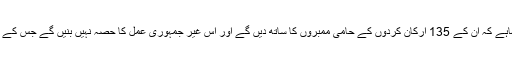
حزب اختلاف کی ری پبلیکن پارٹی کے سربراہ کمال قلیچ دار اوغلو نے کہاہے کہ ان کے 135 ارکان کردوں کے حامی ممبروں کا ساتھ دیں گے اور اس غیر جمہوری عمل کا حصہ نہیں بنیں گے جس کے ذ ریعے جیل میں بند نو منتخب ارکان کو حلف اٹھانے سے روکا جارہاہے۔